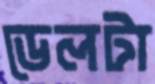
ডেলটা